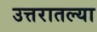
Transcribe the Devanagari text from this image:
उत्तरातल्या